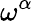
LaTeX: \omega^{\alpha}